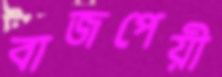
বাজপেয়ী